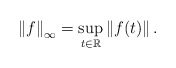
\begin{align*}\left\| f\right\| _{\infty}=\sup_{t\in\mathbb{R}}\left\| f(t)\right\| .\end{align*}